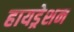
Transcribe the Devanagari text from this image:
हायड्रेशन